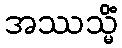
အဿသ္မိံ